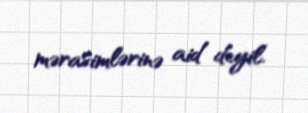
mərasimlərinə aid deyil.